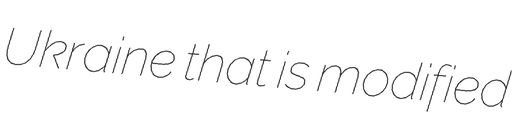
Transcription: Ukraine that is modified